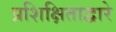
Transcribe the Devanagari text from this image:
प्रशिक्षिताद्वारे